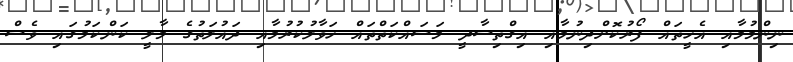
ނިންމުމާއި އެހީތައް ފޯރުކޮށްދިނުމާއި އިގްތިސާދީ މަސައްކަތްތައް ހަވާލުކުރުމާއި ދައުލަތުގެ މާލީ ކަންކަމުގައި ވެސް